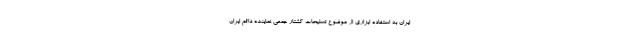
ایران به استفاده ابزاری از موضوع تسلیحات کشتار جمعی نماینده دائم ایران